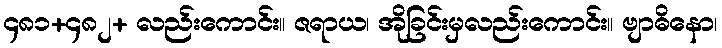
၄၈၁+၄၈၂+ လည်းကောင်း။ ဇရာယ၊ အိုခြင်းမှလည်းကောင်း။ ဗျာဓိနော၊